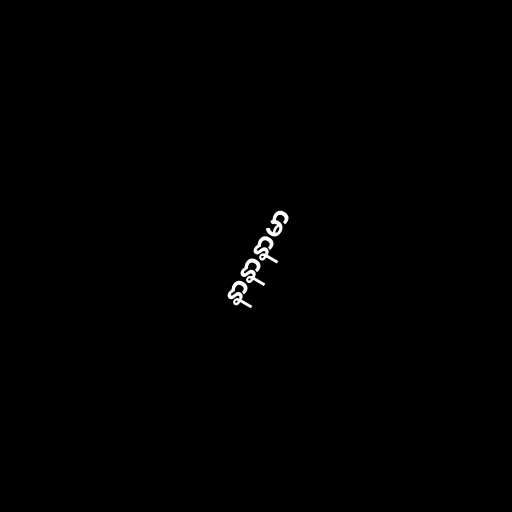
နာနာနာမာ